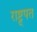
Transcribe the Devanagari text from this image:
राष्ट्र्पत